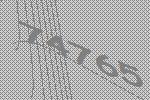
74765